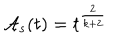
{ \cal A } _ { s } ( t ) = t ^ { \frac { 2 } { k + 2 } }